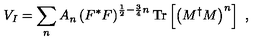
V _ { I } = \sum _ { n } A _ { n } \left( F ^ { * } F \right) ^ { \frac { 1 } { 2 } - \frac { 3 } { 4 } n } \mathrm { T r } \left[ \left( M ^ { \dagger } M \right) ^ { n } \right] \ ,